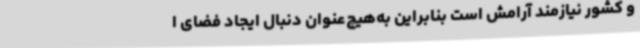
و کشور نیازمند آرامش است بنابراین به‌هیچ‌عنوان دنبال ایجاد فضای ا